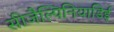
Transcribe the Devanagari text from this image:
सीजैल्पिनियाडिई